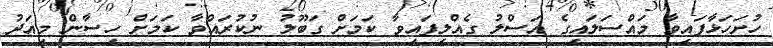
ހުށަހަޅާފައިވާ މައްސަލައިގެ އަސްލު ގެއްލިފައިވާ ކަމަށް ގަބޫލު ނުކުރައްވާ ކަމަށް ހިސާން މިއަދު